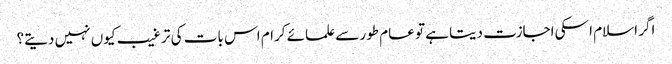
اگر اسلام اسکی اجازت دیتا ہے تو عام طور سے علمائے کرام اس بات کی ترغیب کیوں نہیں دیتے؟